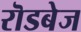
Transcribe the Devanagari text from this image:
रॊडबेज